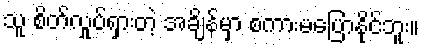
သူ စိတ်လှုပ်ရှားတဲ့ အချိန်မှာ စကားမပြောနိုင်ဘူး။